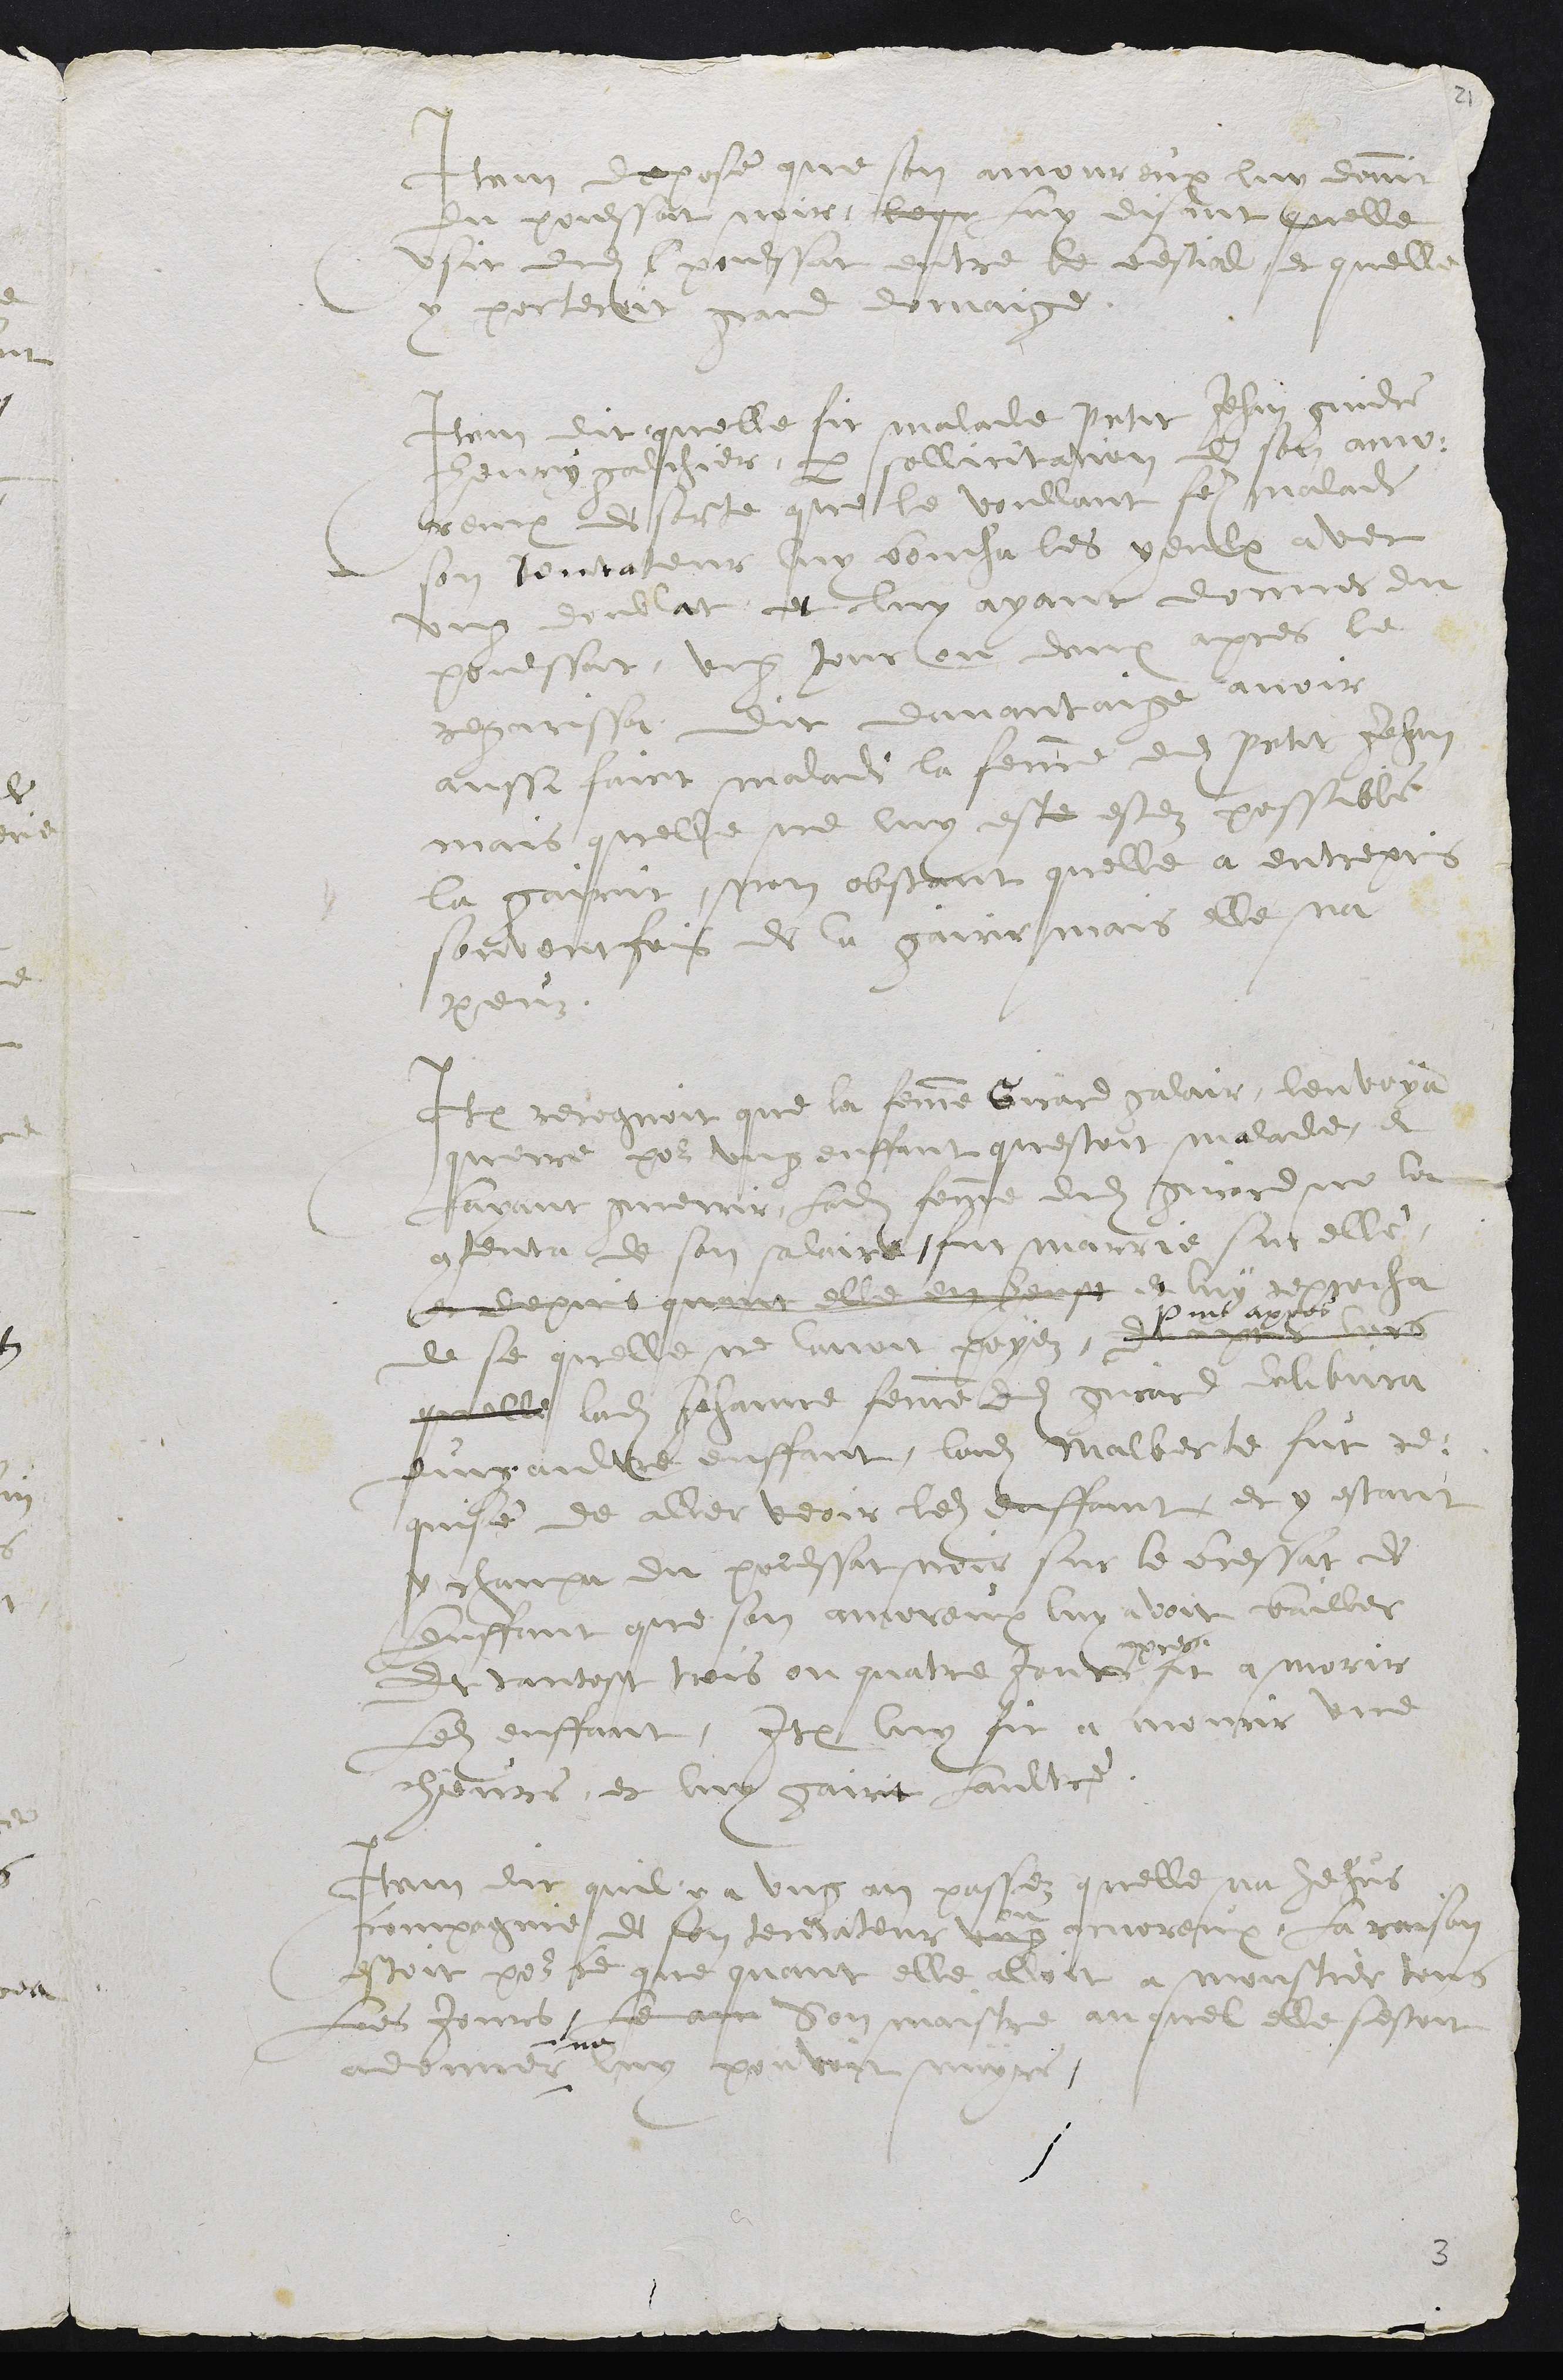
Item depose que son amoureux luy donnit
du poussat noir, leque luy disant quelle
usit dudit C poulssat entre le bestial, et quelle
y porteroit grand domaige.
Item dit quelle fit malade Petit Jehan gindre
Henry galchiers par sollicitation de son amo-
reux de sorte que le voullant faire malade
son tentateur luy boucha les yeulx avec
ung doublat et luy ayant donnes du
poulssat, ung jour au deux apres le
regarissa dit davantaige avoir
aussi faict malade la femme dudit petit Jehan
mais quelle ne luy este estez possible
la gairir, non obstant quelle a entrepris
souvent fois de la gairir mais elle na
peuz.
Item recognoit que la femme Girard galair, lenvoya
querre pour ung enffant questoit malade et
Layant guerir, Ladite femme dudit girard ne la
contenta de son salaire fust marrie sur elle
et depuis quant elle heust et luy reprocha
de se quelle ne lavoit peyez, et apres lors
puis apres
quelle ladite Jehanne femme dudit girard delibvra
dung aultre enffant, ladite Malberte fut re-
quise de aller veoir ledit enffant et y estant
y champa du poulssat noir sur le bressat de
Lenffant que son amoreux luy avoir bailler
Et tantost trois ou quatre Jours
apres
fit a morir
Ledit enffant, Item luy fit a mourir une
chenne, et luy gairit Laultre.
Item dit quil y a ung an passez quelle ou hehus
compagnie de son tentateur
ou
ung amoreux, La raison
estoit pour ce que quant elle alloit a moustier tous
Les Jours, Le amson maistre auquel elle sestoit
adonner
ne
luy pouvoit nuyre.